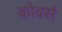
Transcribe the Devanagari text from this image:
कोवर्स